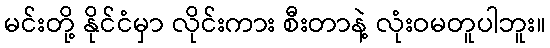
မင်းတို့ နိုင်ငံမှာ လိုင်းကား စီးတာနဲ့ လုံးဝမတူပါဘူး။